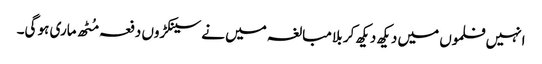
انہیں فلموں میں دیکھ دیکھ کر بلا مبالغہ میں نے سینکڑوں دفعہ مُٹھ ماری ہو گی۔